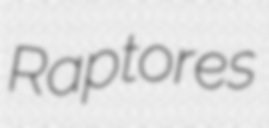
Raptores